Subject: physics
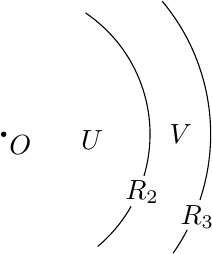
LaTeX code:
\begin{tikzpicture}
\draw ([shift={(0,0)}]-16.5:52.9pt) arc (-16.5:56:52.9pt);
\draw ([shift={(0,0)}]-50:52.9pt) arc (-50:-29.5:52.9pt);
\draw ([shift={(0,0)}]-18.5:74.8pt) arc (-18.5:40:74.8pt);
\draw ([shift={(0,0)}]-35:74.8pt) arc (-35:-27.5:74.8pt);
\fill (0,0) circle[radius=1pt];
\node at (6pt,-4pt) {$O$};
\node at (32pt,-2pt) {$U$};
\node at (64pt,0pt) {$V$};
\node at (50pt,-21pt) {$R_2$};
\node at (70pt,-30pt) {$R_3$};
\end{tikzpicture}